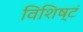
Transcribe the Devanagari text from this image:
विशिष्टं